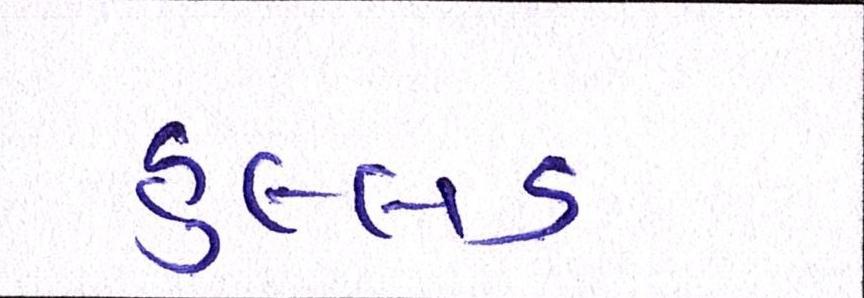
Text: હુલ્લડ